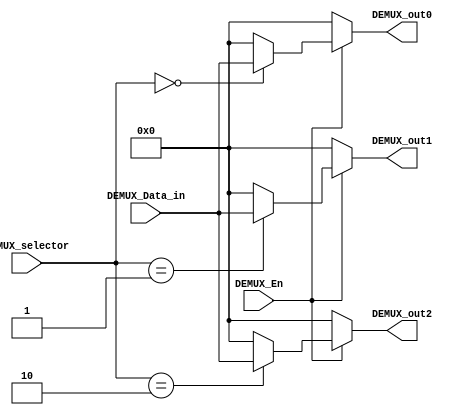
/*#########################################################################
//# 1 to 2 demuxtiplexer
//#########################################################################
//#
//# Copyright (C) 2021 Jose Maria Jaramillo Hoyos 
//# 
//# This program is free software: you can redistribute it and/or modify
//# it under the terms of the GNU General Public License as published by
//# the Free Software Foundation, either version 3 of the License, or
//# (at your option) any later version.
//#
//# This program is distributed in the hope that it will be useful,
//# but WITHOUT ANY WARRANTY; without even the implied warranty of
//# MERCHANTABILITY or FITNESS FOR A PARTICULAR PURPOSE.  See the
//# GNU General Public License for more details.
//#
//# You should have received a copy of the GNU General Public License
//# along with this program.  If not, see <https://www.gnu.org/licenses/>.
//#
//########################################################################*/

module DEMUX_1_3 #(parameter INPUT_DATA_WIDTH =8)(

/////////////// INPUTS ///////////////
input [INPUT_DATA_WIDTH-1:0] DEMUX_Data_in,
input [1:0] DEMUX_selector,
input DEMUX_En,

/////////////// OUTPUTS ///////////////
output [INPUT_DATA_WIDTH-1:0] DEMUX_out0,
output [INPUT_DATA_WIDTH-1:0] DEMUX_out1,
output [INPUT_DATA_WIDTH-1:0] DEMUX_out2
);

//=======================================================
// Parameter declaration
//=======================================================

localparam [INPUT_DATA_WIDTH-1:0] DATA0 = 0;

//============================================================
// Combinational output logic
//============================================================

assign DEMUX_out0 = DEMUX_En == 1'b1 ? DEMUX_selector == 2'b00 ? DEMUX_Data_in : DATA0 : DATA0;
assign DEMUX_out1 = DEMUX_En == 1'b1 ? DEMUX_selector == 2'b01 ? DEMUX_Data_in : DATA0 : DATA0;
assign DEMUX_out2 = DEMUX_En == 1'b1 ? DEMUX_selector == 2'b10 ? DEMUX_Data_in : DATA0 : DATA0;

endmodule